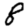
Digit: 8